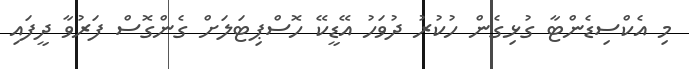
މި އެކްސިޑެންޓާ ގުޅިގެން ހުކުރު ދުވަހު އޭޑީކޭ ހޮސްޕިޓަލަށް ގެންގޮސް ފަރުވާ ދީފައި